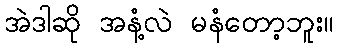
အဲဒါဆို အနံ့လဲ မနံတော့ဘူး။